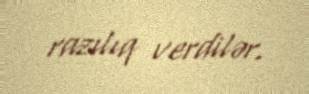
razılıq verdilər.